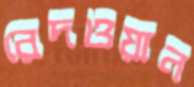
রেদওয়ান